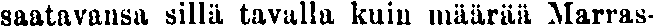
saatavansa sillä tavalla kuin määrää Marras-